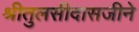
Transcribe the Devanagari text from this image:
श्रीतुलसीदासजीने